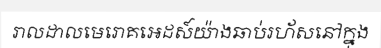
រាលដាលមេរោគអេដស៍យ៉ាងឆាប់រហ័សនៅក្នុង